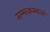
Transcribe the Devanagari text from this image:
सम्मकम्मन्त